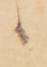
か